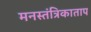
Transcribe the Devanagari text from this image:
मनस्तंत्रिकाताप